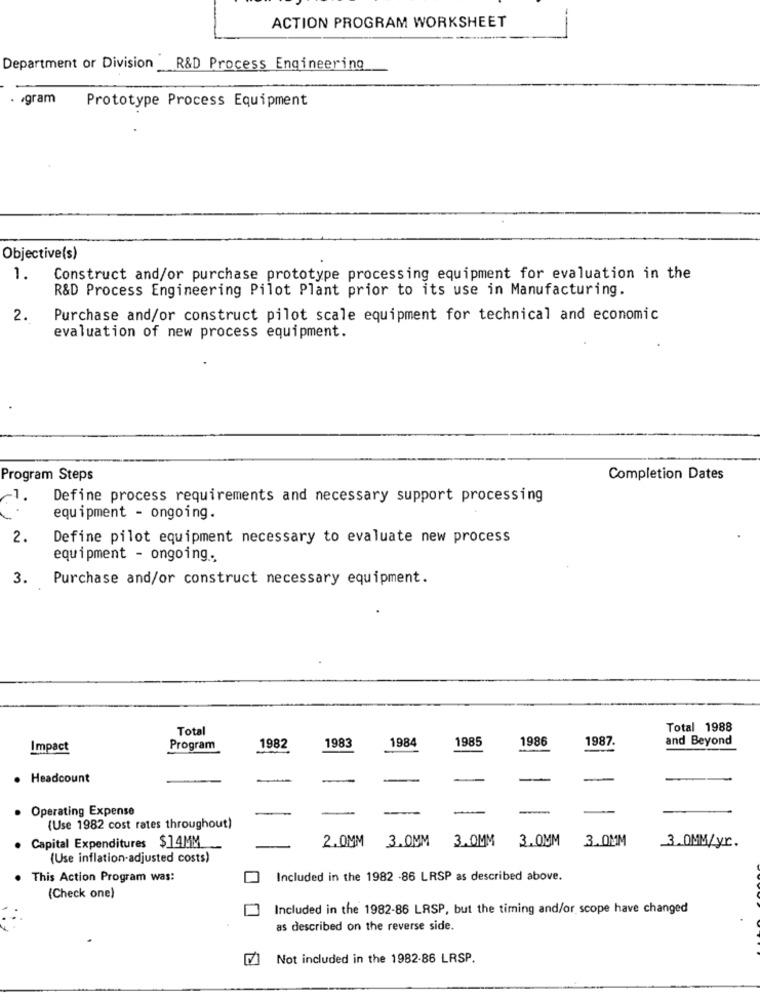
ACTION PROGRAM WORKSHEET
Department or Division R&D Process Engineering
. . gram
Prototype Process Equipment
Objective(s)
1.
Construct and/or purchase prototype processing equipment for evaluation in the
R&D Process Engineering Pilot Plant prior to its use in Manufacturing.
2.
Purchase and/or construct pilot scale equipment for technical and economic
evaluation of new process equipment.
Program Steps
Completion Dates
Define process requirements and necessary support processing
equipment - ongoing.
2.
Define pilot equipment necessary to evaluate new process
equipment - ongoing ..
3. Purchase and/or construct necessary equipment.
Total
Total 1988
1983
1984
1985
1986
1987
and Beyond
Impact
Program
1982
. Headcount
. Operating Expense
(Use 1982 cost rates throughout)
2.0MM 3.0MM
3.0MM
3.0MM
3.0MM
Capital Expenditures $ 14MM
3.0MM/yr.
(Use inflation-adjusted costs)
This Action Program was:
Included in the 1982 -86 LRSP as described above.
(Check one)
Included in the 1982-86 LRSP, but the timing and/or scope have changed
as described on the reverse side.
Not included in the 1982-86 LRSP.